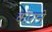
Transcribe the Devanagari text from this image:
काराने